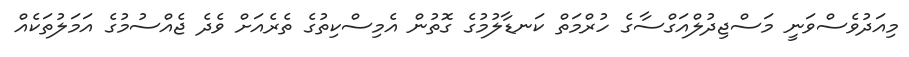
މިއަދުވެސްވަނީ މަސްޖިދުލްއަގްސާގެ ހުރްމަތް ކަނޑާލުމުގެ ގޮތުން އެމިސްކިތުގެ ތެރެއަށް ވެދެ ޖެއްސުމުގެ އަމަލުތަކެއް